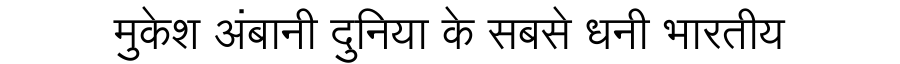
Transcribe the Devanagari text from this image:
मुकेश अंबानी दुनिया के सबसे धनी भारतीय